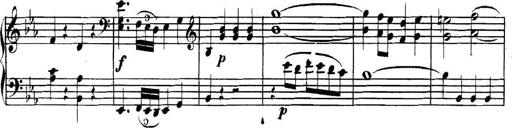
Title: Collected Piano Sonatas
Composer: Muzio Clementi